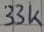
Text: 33k